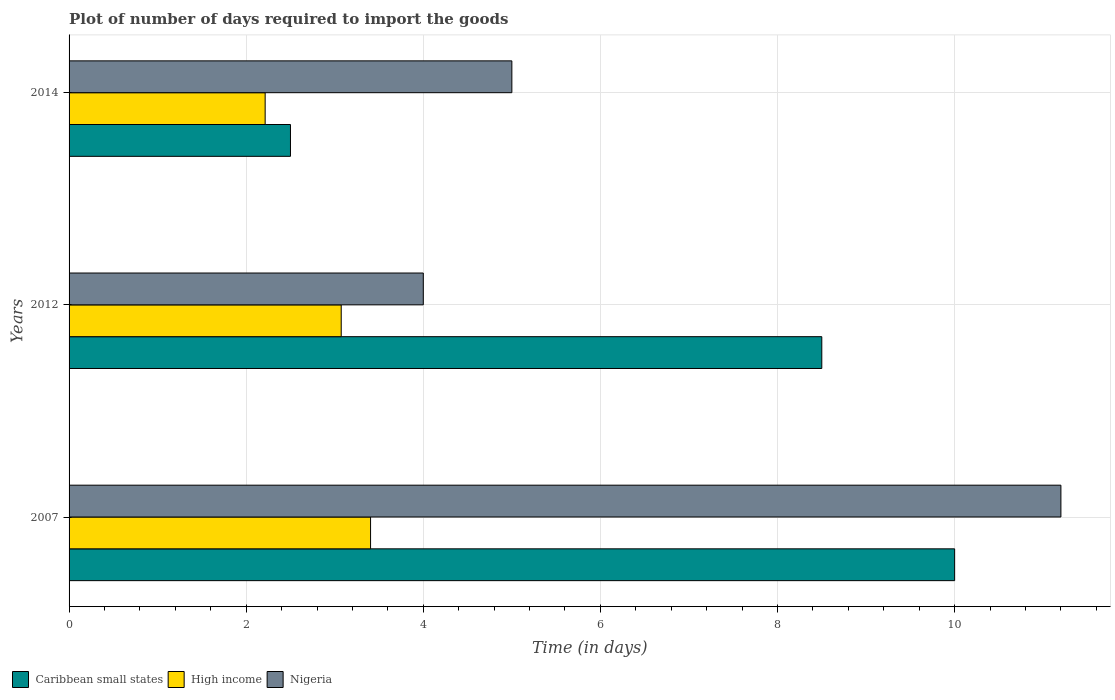
| Years | Caribbean small states | High income | Nigeria |
 | --- | --- | --- | --- |
 | 2007 | 10 | 3.4 | 11.2 |
 | 2012 | 8.5 | 3.07 | 4 |
 | 2014 | 2.5 | 2.21 | 5 |